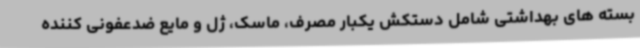
بسته های بهداشتی شامل دستکش یکبار مصرف، ماسک، ژل و مایع ضدعفونی کننده